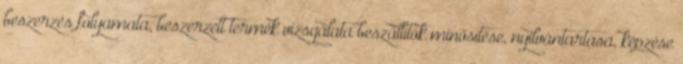
beszerzés folyamata, beszerzett termék vizsgálata beszállítók minősítése, nyilvántartása, képzése